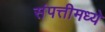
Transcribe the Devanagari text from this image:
संपत्तीमध्ये